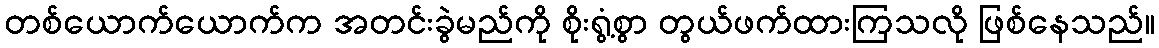
တစ်ယောက်ယောက်က အတင်းခွဲမည်ကို စိုးရွံ့စွာ တွယ်ဖက်ထားကြသလို ဖြစ်နေသည်။